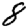
Digit: 8